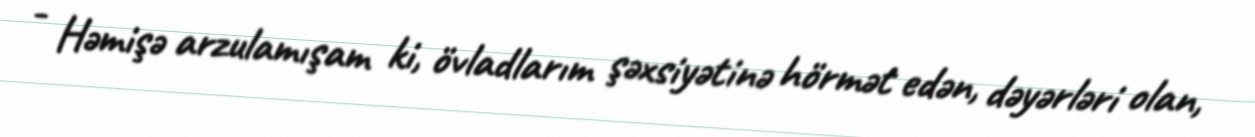
- Həmişə arzulamışam ki, övladlarım şəxsiyətinə hörmət edən, dəyərləri olan,